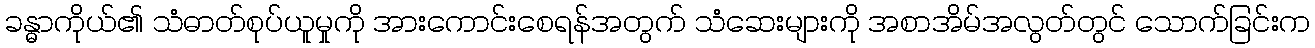
ခန္ဓာကိုယ်၏ သံဓာတ်စုပ်ယူမှုကို အားကောင်းစေရန်အတွက် သံဆေးများကို အစာအိမ်အလွတ်တွင် သောက်ခြင်းက